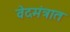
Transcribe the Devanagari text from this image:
वेदमंत्रात